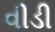
વીડી